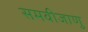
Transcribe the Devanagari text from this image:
समवीजाणु